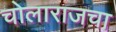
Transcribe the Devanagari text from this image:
चोलाराजचा